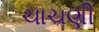
ચાચણી